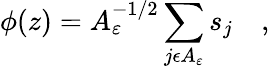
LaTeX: \phi(z)=A_{\varepsilon}^{-1/2}\sum_{j\epsilon A_{\varepsilon}}s_{j}\quad,